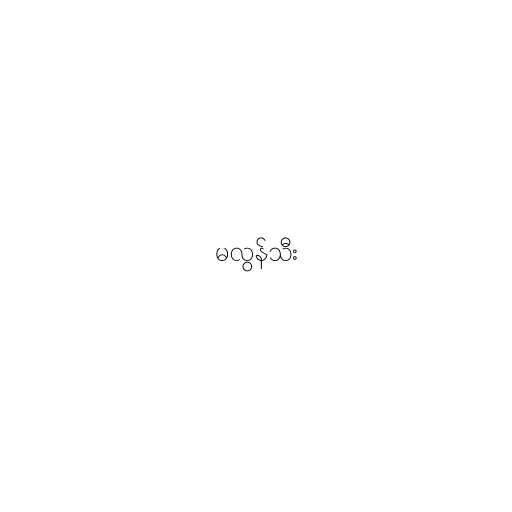
မလွန်သီး